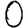
Digit: 0